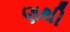
ણથી